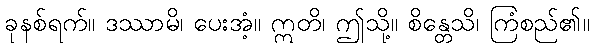
ခုနစ်ရက်။ ဒဿာမိ၊ ပေးအံ့။ ဣတိ၊ ဤသို့။ စိန္တေသိ၊ ကြံစည်၏။